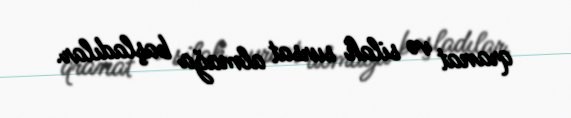
qranat və silah sursat almağa başladılar.